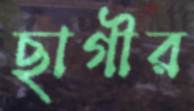
ছাগীর